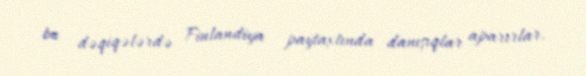
bu dəqiqələrdə Finlandiya paytaxtında danışıqlar aparırlar.